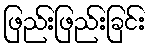
ဖြည်းဖြည်းခြင်း